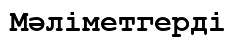
Мәліметгерді